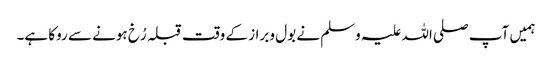
ہمیں آپ صلی اللہ علیہ وسلم نے بول و براز کے وقت قبلہ رُخ ہونے سے روکا ہے۔